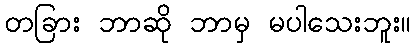
တခြား ဘာဆို ဘာမှ မပါသေးဘူး။